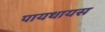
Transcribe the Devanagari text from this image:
पायथायस